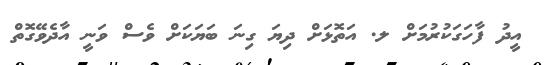
އީދު ފާހަގަކުރުމަށް ލ. އަތޮޅަށް ދިޔަ ގިނަ ބަޔަކަށް ވެސް ވަނީ އާދެވޭގޮތް